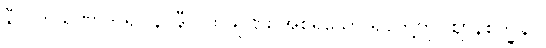
နီလကသိဏာဒိ ရူပါနိ၊ နီလကသိုဏ်း အစရှိသော ရုပ်တို့ကို။ ဈာနစက္ခုနာ၊